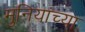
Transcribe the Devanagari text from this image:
मुनियांच्या